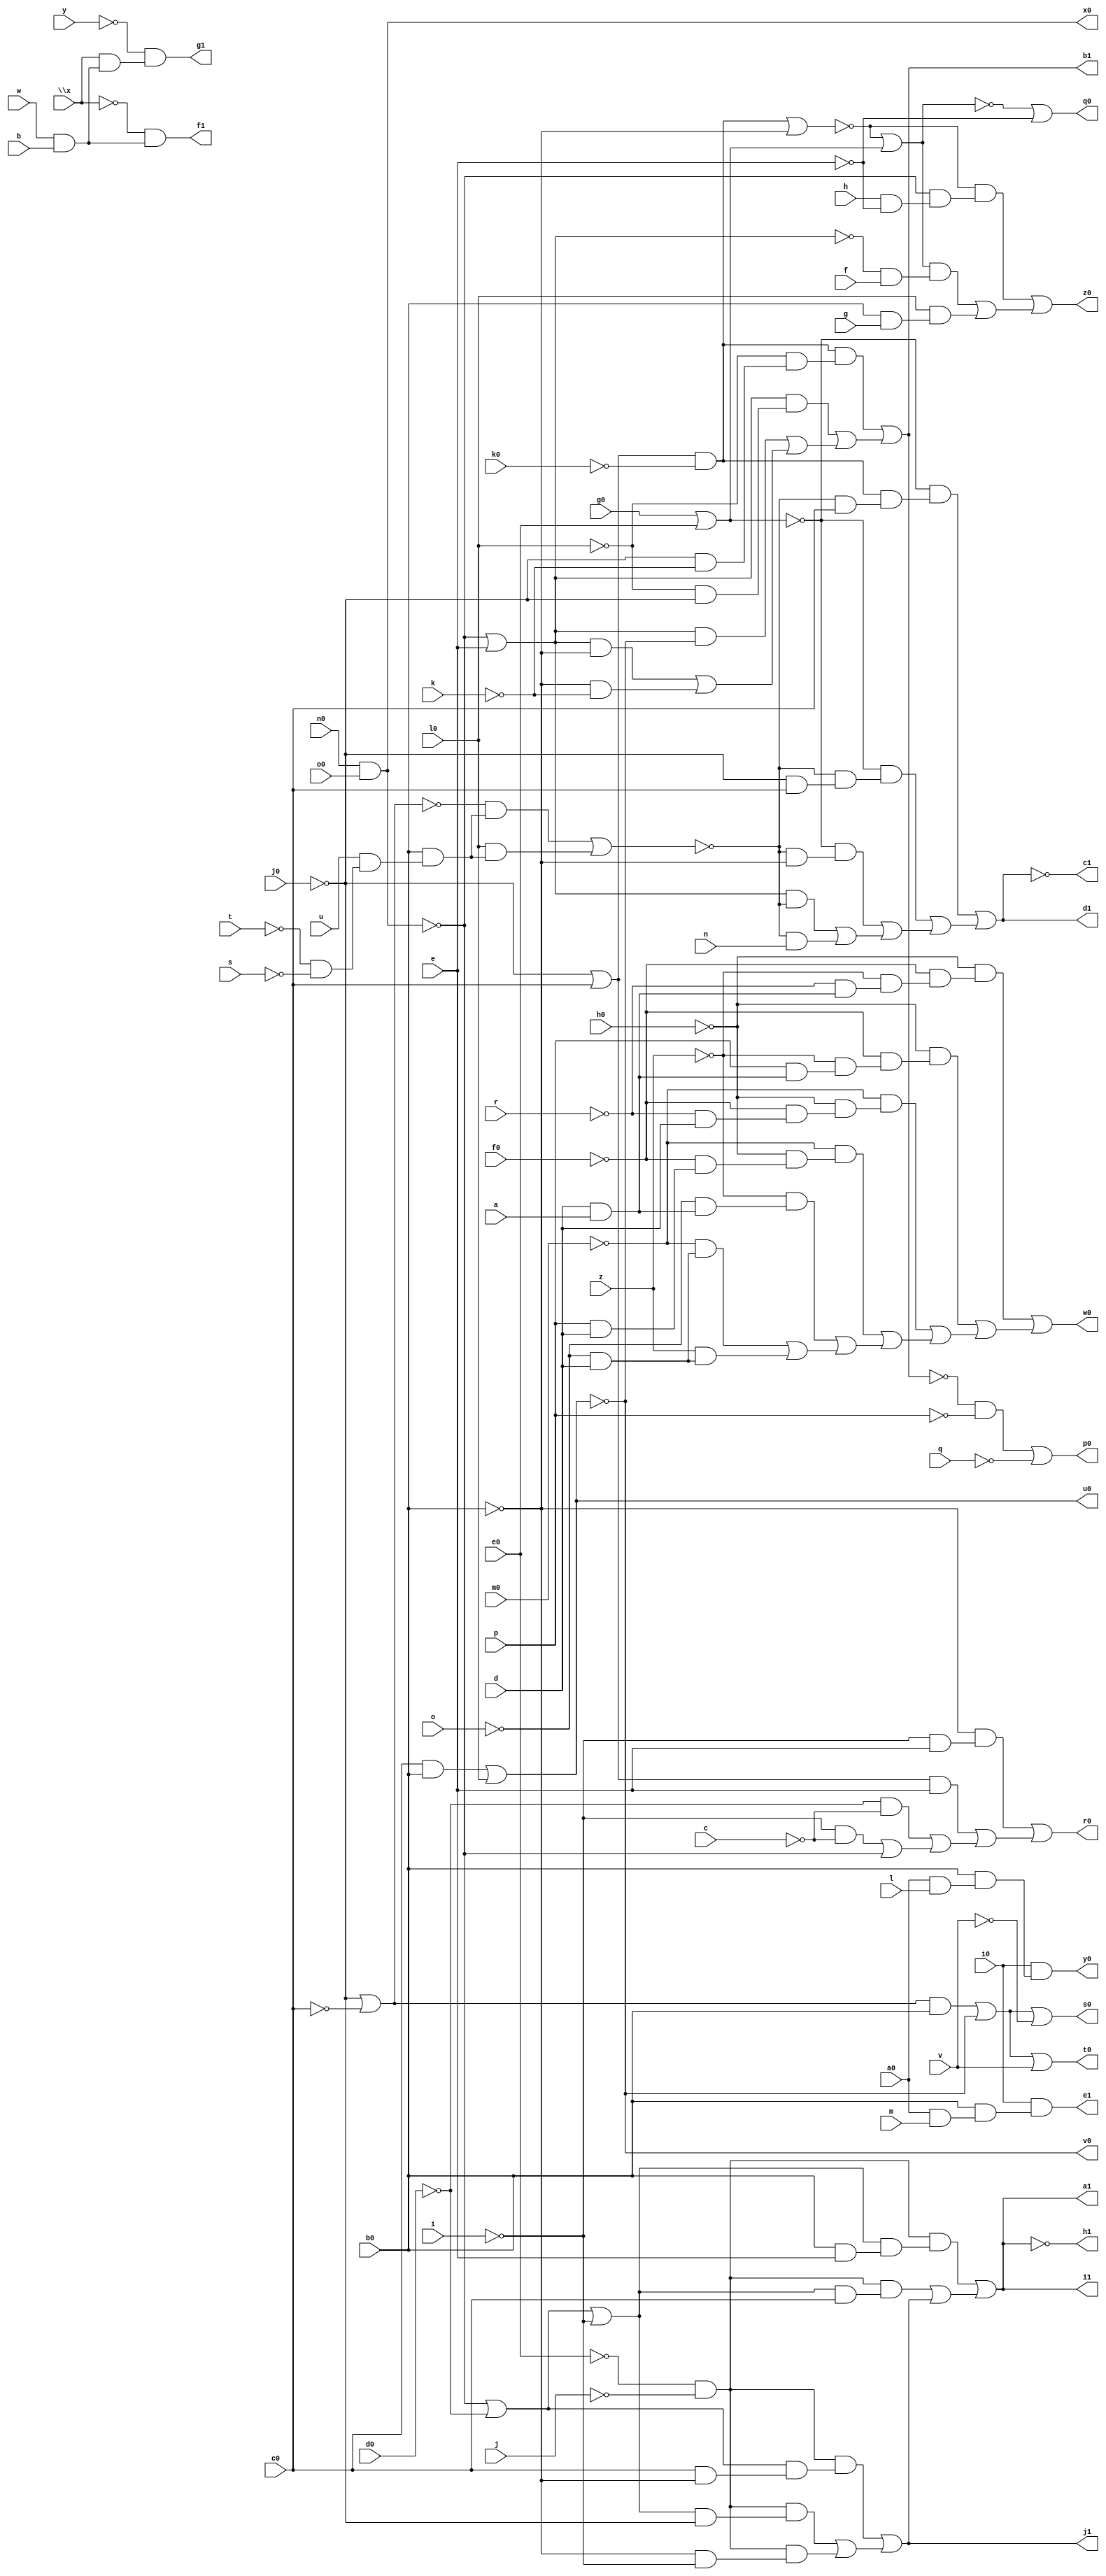
// IWLS benchmark module "b9" printed on Wed May 29 16:03:33 2002
module b9(a, b, c, d, e, f, g, h, i, j, k, l, m, n, o, p, q, r, s, t, u, v, w, \x , y, z, a0, b0, c0, d0, e0, f0, g0, h0, i0, j0, k0, l0, m0, n0, o0, p0, q0, r0, s0, t0, u0, v0, w0, x0, y0, z0, a1, b1, c1, d1, e1, f1, g1, h1, i1, j1);
input
  g0,
  h0,
  i0,
  j0,
  k0,
  l0,
  a,
  b,
  c,
  d,
  e,
  f,
  g,
  h,
  i,
  j,
  k,
  l,
  m0,
  m,
  n,
  o,
  p,
  q,
  r,
  s,
  t,
  u,
  v,
  w,
  \x ,
  y,
  z,
  n0,
  o0,
  a0,
  b0,
  c0,
  d0,
  e0,
  f0;
output
  g1,
  h1,
  i1,
  j1,
  p0,
  q0,
  r0,
  s0,
  t0,
  u0,
  v0,
  w0,
  x0,
  y0,
  z0,
  a1,
  b1,
  c1,
  d1,
  e1,
  f1;
wire
  f4,
  \[27] ,
  \[28] ,
  j4,
  \[10] ,
  \[11] ,
  \[12] ,
  \[13] ,
  \[0] ,
  \[15] ,
  \[1] ,
  \[16] ,
  \[31] ,
  \[2] ,
  \[17] ,
  \[32] ,
  \[3] ,
  s5,
  \[18] ,
  \[4] ,
  \[34] ,
  \[6] ,
  w2,
  \[7] ,
  \[8] ,
  \[38] ,
  \[9] ,
  \[20] ,
  \[21] ,
  \[23] ,
  \[24] ,
  \[25] ;
assign
  f4 = \[32]  & ~k0,
  g1 = \[17] ,
  h1 = \[18] ,
  \[27]  = ~e0 & ~j,
  i1 = \[11] ,
  \[28]  = ~j0 | ~c0,
  j1 = \[20] ,
  j4 = (c0 & b0) | l0,
  \[10]  = (~\[31]  & (~\[8]  & (h & ~e))) | ((\[34]  & (~\[23]  & f)) | (l0 & (b0 & g))),
  \[11]  = (\[27]  & (\[25]  & (b0 & e))) | ((\[27]  & (\[25]  & c0)) | \[20] ),
  \[12]  = (f4 & (~l0 & (~j0 & ~k))) | ((\[23]  & (~l0 & ~j0)) | ((\[23]  & ~j4) | ((\[23]  & ~b0) | (~b0 & ~k)))),
  \[13]  = ~w2,
  p0 = \[0] ,
  \[0]  = (~\[12]  & ~p) | ~q,
  \[15]  = i0 & (b0 & (a0 & m)),
  q0 = \[1] ,
  \[1]  = ~\[34]  | ~e,
  \[16]  = ~\x  & (w & b),
  r0 = \[2] ,
  \[31]  = f4 | ~b0,
  \[2]  = (~b0 & (~i & e)) | ((\[32]  & e) | ((~d0 & ~c) | ((~i & ~c) | ~\[8] ))),
  \[17]  = ~y & (\x  & (w & b)),
  s0 = \[3] ,
  \[32]  = ~j0 | c0,
  \[3]  = \[38]  | ~v,
  s5 = (~\[28]  & (b0 & (u & (~t & ~s)))) | (l0 & (b0 & (u & (~t & ~s)))),
  \[18]  = ~\[11] ,
  t0 = \[4] ,
  \[4]  = \[38]  | v,
  u0 = j4,
  \[34]  = ~\[31]  | \[24] ,
  v0 = \[6] ,
  \[6]  = ~j4,
  w0 = \[7] ,
  w2 = (~\[24]  & (f4 & (~s5 & c0))) | ((~\[24]  & (~s5 & (~j0 & c0))) | ((~\[24]  & (~s5 & ~b0)) | ((\[23]  & ~s5) | (~s5 & n)))),
  \[7]  = (~h0 & (~f0 & (~z & (~r & (d & a))))) | ((~h0 & (~f0 & (~z & (p & (d & a))))) | ((~m0 & (~h0 & (~f0 & (~r & d)))) | ((~m0 & (~h0 & (~f0 & (p & d)))) | ((~z & (~o & (d & a))) | ((~m0 & (~o & d)) | (z & (~o & d))))))),
  x0 = \[8] ,
  \[8]  = n0 & o0,
  y0 = \[9] ,
  \[38]  = (\[28]  & b0) | ~j4,
  \[9]  = i0 & (b0 & (a0 & l)),
  z0 = \[10] ,
  a1 = \[11] ,
  \[20]  = (\[27]  & (\[21]  & (c0 & ~b0))) | ((\[27]  & (\[25]  & ~j0)) | (\[27]  & (~b0 & ~i))),
  b1 = \[12] ,
  \[21]  = ~\[8]  | ~d0,
  c1 = \[13] ,
  d1 = w2,
  \[23]  = ~\[8]  | e,
  e1 = \[15] ,
  \[24]  = g0 | e0,
  f1 = \[16] ,
  \[25]  = \[21]  | ~i;
endmodule